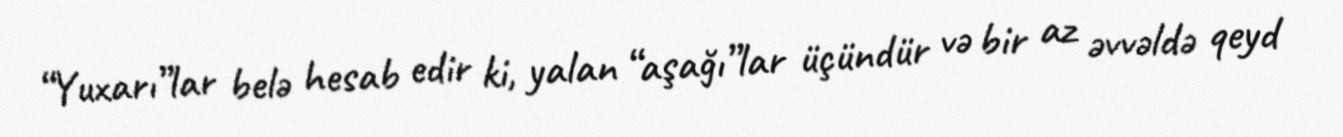
“Yuxarı”lar belə hesab edir ki, yalan “aşağı”lar üçündür və bir az əvvəldə qeyd